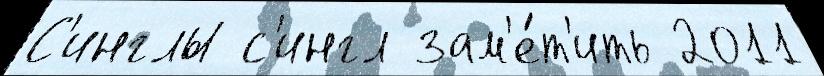
С'инглы с'ингл зам'е́т'ить 2011